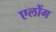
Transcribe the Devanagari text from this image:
एलोंग